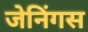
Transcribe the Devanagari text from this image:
जेनिंगस